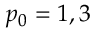
p _ { 0 } = 1 , 3